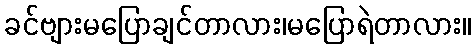
ခင်ဗျားမပြောချင်တာလား၊မပြောရဲတာလား။